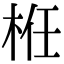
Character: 栣